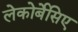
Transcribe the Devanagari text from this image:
लेकोर्बेसिए